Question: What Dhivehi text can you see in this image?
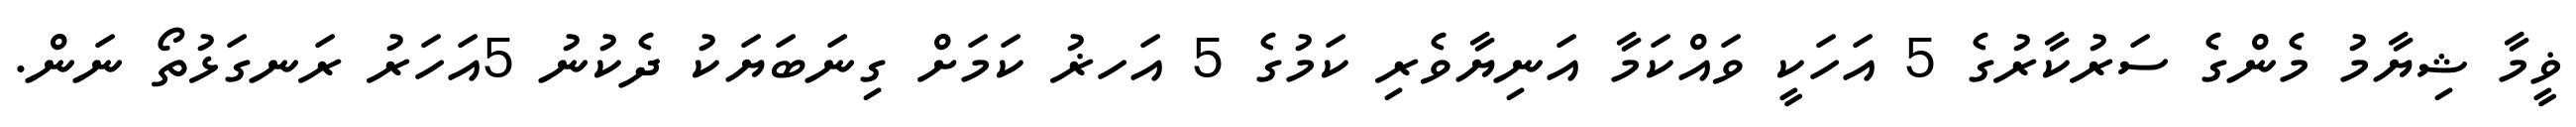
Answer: ޥީމާ ޝިޔާމު މެންގެ ސަރުކާރުގެ 5 އަހަކީ ވައްކަމާ އަނިޔާވެރި ކަމުގެ 5 އަހޜު ކަމަށް ގިނަބަޔަކު ދެކުނު 5އަހަރު ރަނގަޅުތޯ ނަން.